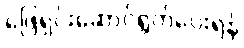
ဖြေရှင်းဆောင်ရွက်ပေးရန်